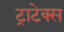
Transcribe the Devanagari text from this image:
ट्राटेक्स